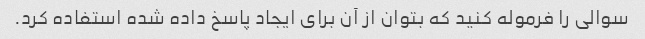
سوالی را فرموله کنید که بتوان از آن برای ایجاد پاسخ داده شده استفاده کرد.